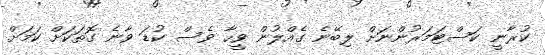
ކުރާނީ ކަސްޓަމަރުންނަށް ލިބޭނެ ގެއްލުން ވީހާ ވެސް ކުޑަ ވާނެ ގޮތަކަށް ކަމަށް